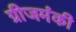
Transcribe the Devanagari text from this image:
ग्रीजमंकी